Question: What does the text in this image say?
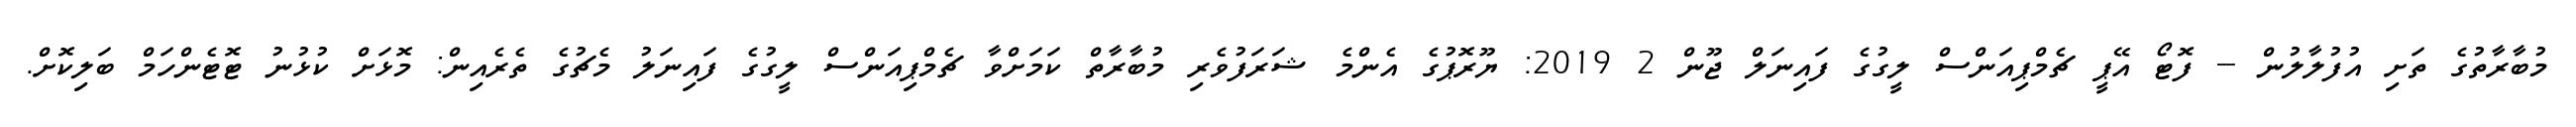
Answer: މުބާރާތުގެ ތަށި އުފުލާލުން -- ފޮޓޯ އޭޕީ ޗެމްޕިއަންސް ލީގުގެ ފައިނަލް ޖޫން 2 2019: ޔޫރޮޕުގެ އެންމެ ޝަރަފުވެރި މުބާރާތް ކަމަށްވާ ޗެމްޕިއަންސް ލީގުގެ ފައިނަލު މެޗުގެ ތެރެއިން: މޮޅަށް ކުޅުނު ޓޮޓެންހަމް ބަލިކޮށް.